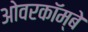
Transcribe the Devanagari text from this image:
ओवरकॉम्बे